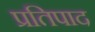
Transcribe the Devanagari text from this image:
प्रतिपाद